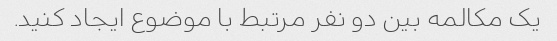
یک مکالمه بین دو نفر مرتبط با موضوع ایجاد کنید.